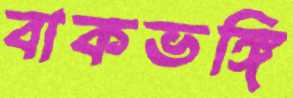
বাকভঙ্গি